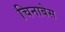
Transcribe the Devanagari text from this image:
चिनाबेस